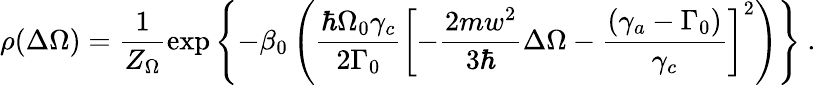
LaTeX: \rho(\Delta\Omega)=\frac{1}{Z_{\Omega}}\exp\left\{ -\beta_{0}\left(\frac{\hbar\Omega_{0}\gamma_{c}}{2\Gamma_{0}}\left[-\frac{2mw^{2}}{3\hbar}\Delta\Omega-\frac{\left(\gamma_{a}-\Gamma_{0}\right)}{\gamma_{c}}\right]^{2}\right)\right\} \mathrm{~.~}